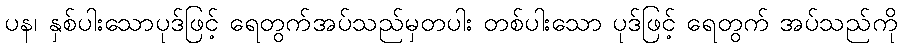
ပန၊ နှစ်ပါးသောပုဒ်ဖြင့် ရေတွက်အပ်သည်မှတပါး တစ်ပါးသော ပုဒ်ဖြင့် ရေတွက် အပ်သည်ကို